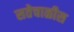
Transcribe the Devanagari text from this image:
सतेचाळीस